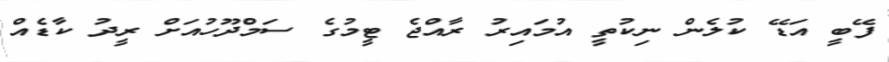
ފޭބީ އަޑޭ ކުލެން ނިކުތީ އުމައިރު ރާއްޖެ ޓީމުގެ ސަމްދޫހުއަށް ރީދު ކާޑެއް